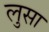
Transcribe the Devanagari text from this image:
लुसा